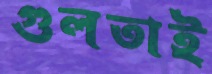
গুলতাই